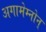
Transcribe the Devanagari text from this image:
अगामेम्नोन्